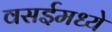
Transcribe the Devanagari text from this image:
वसईमध्ये